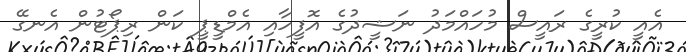
އެއީ ކުރީގެ ރައީސް މުހައްމަދު ނަޝީދުގެ އޮފީހާއި އެމްޑީޕީ ކަން ރިޕޯޓުން އެނގޭ